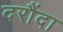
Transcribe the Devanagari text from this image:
दरौंदा